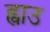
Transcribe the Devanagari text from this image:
ह्वाउ